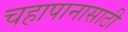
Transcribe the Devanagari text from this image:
चहापानासाठी